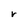
Character: r